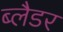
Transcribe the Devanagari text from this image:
ब्‍लैडर